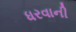
ધરવાની